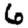
Digit: 6